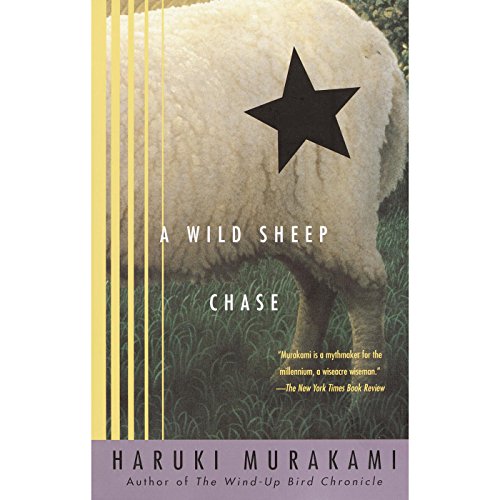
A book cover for A Wild Sheep Chase: A Novel; Haruki Murakami; Science Fiction & Fantasy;